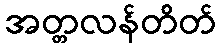
အတ္တလန်တိတ်